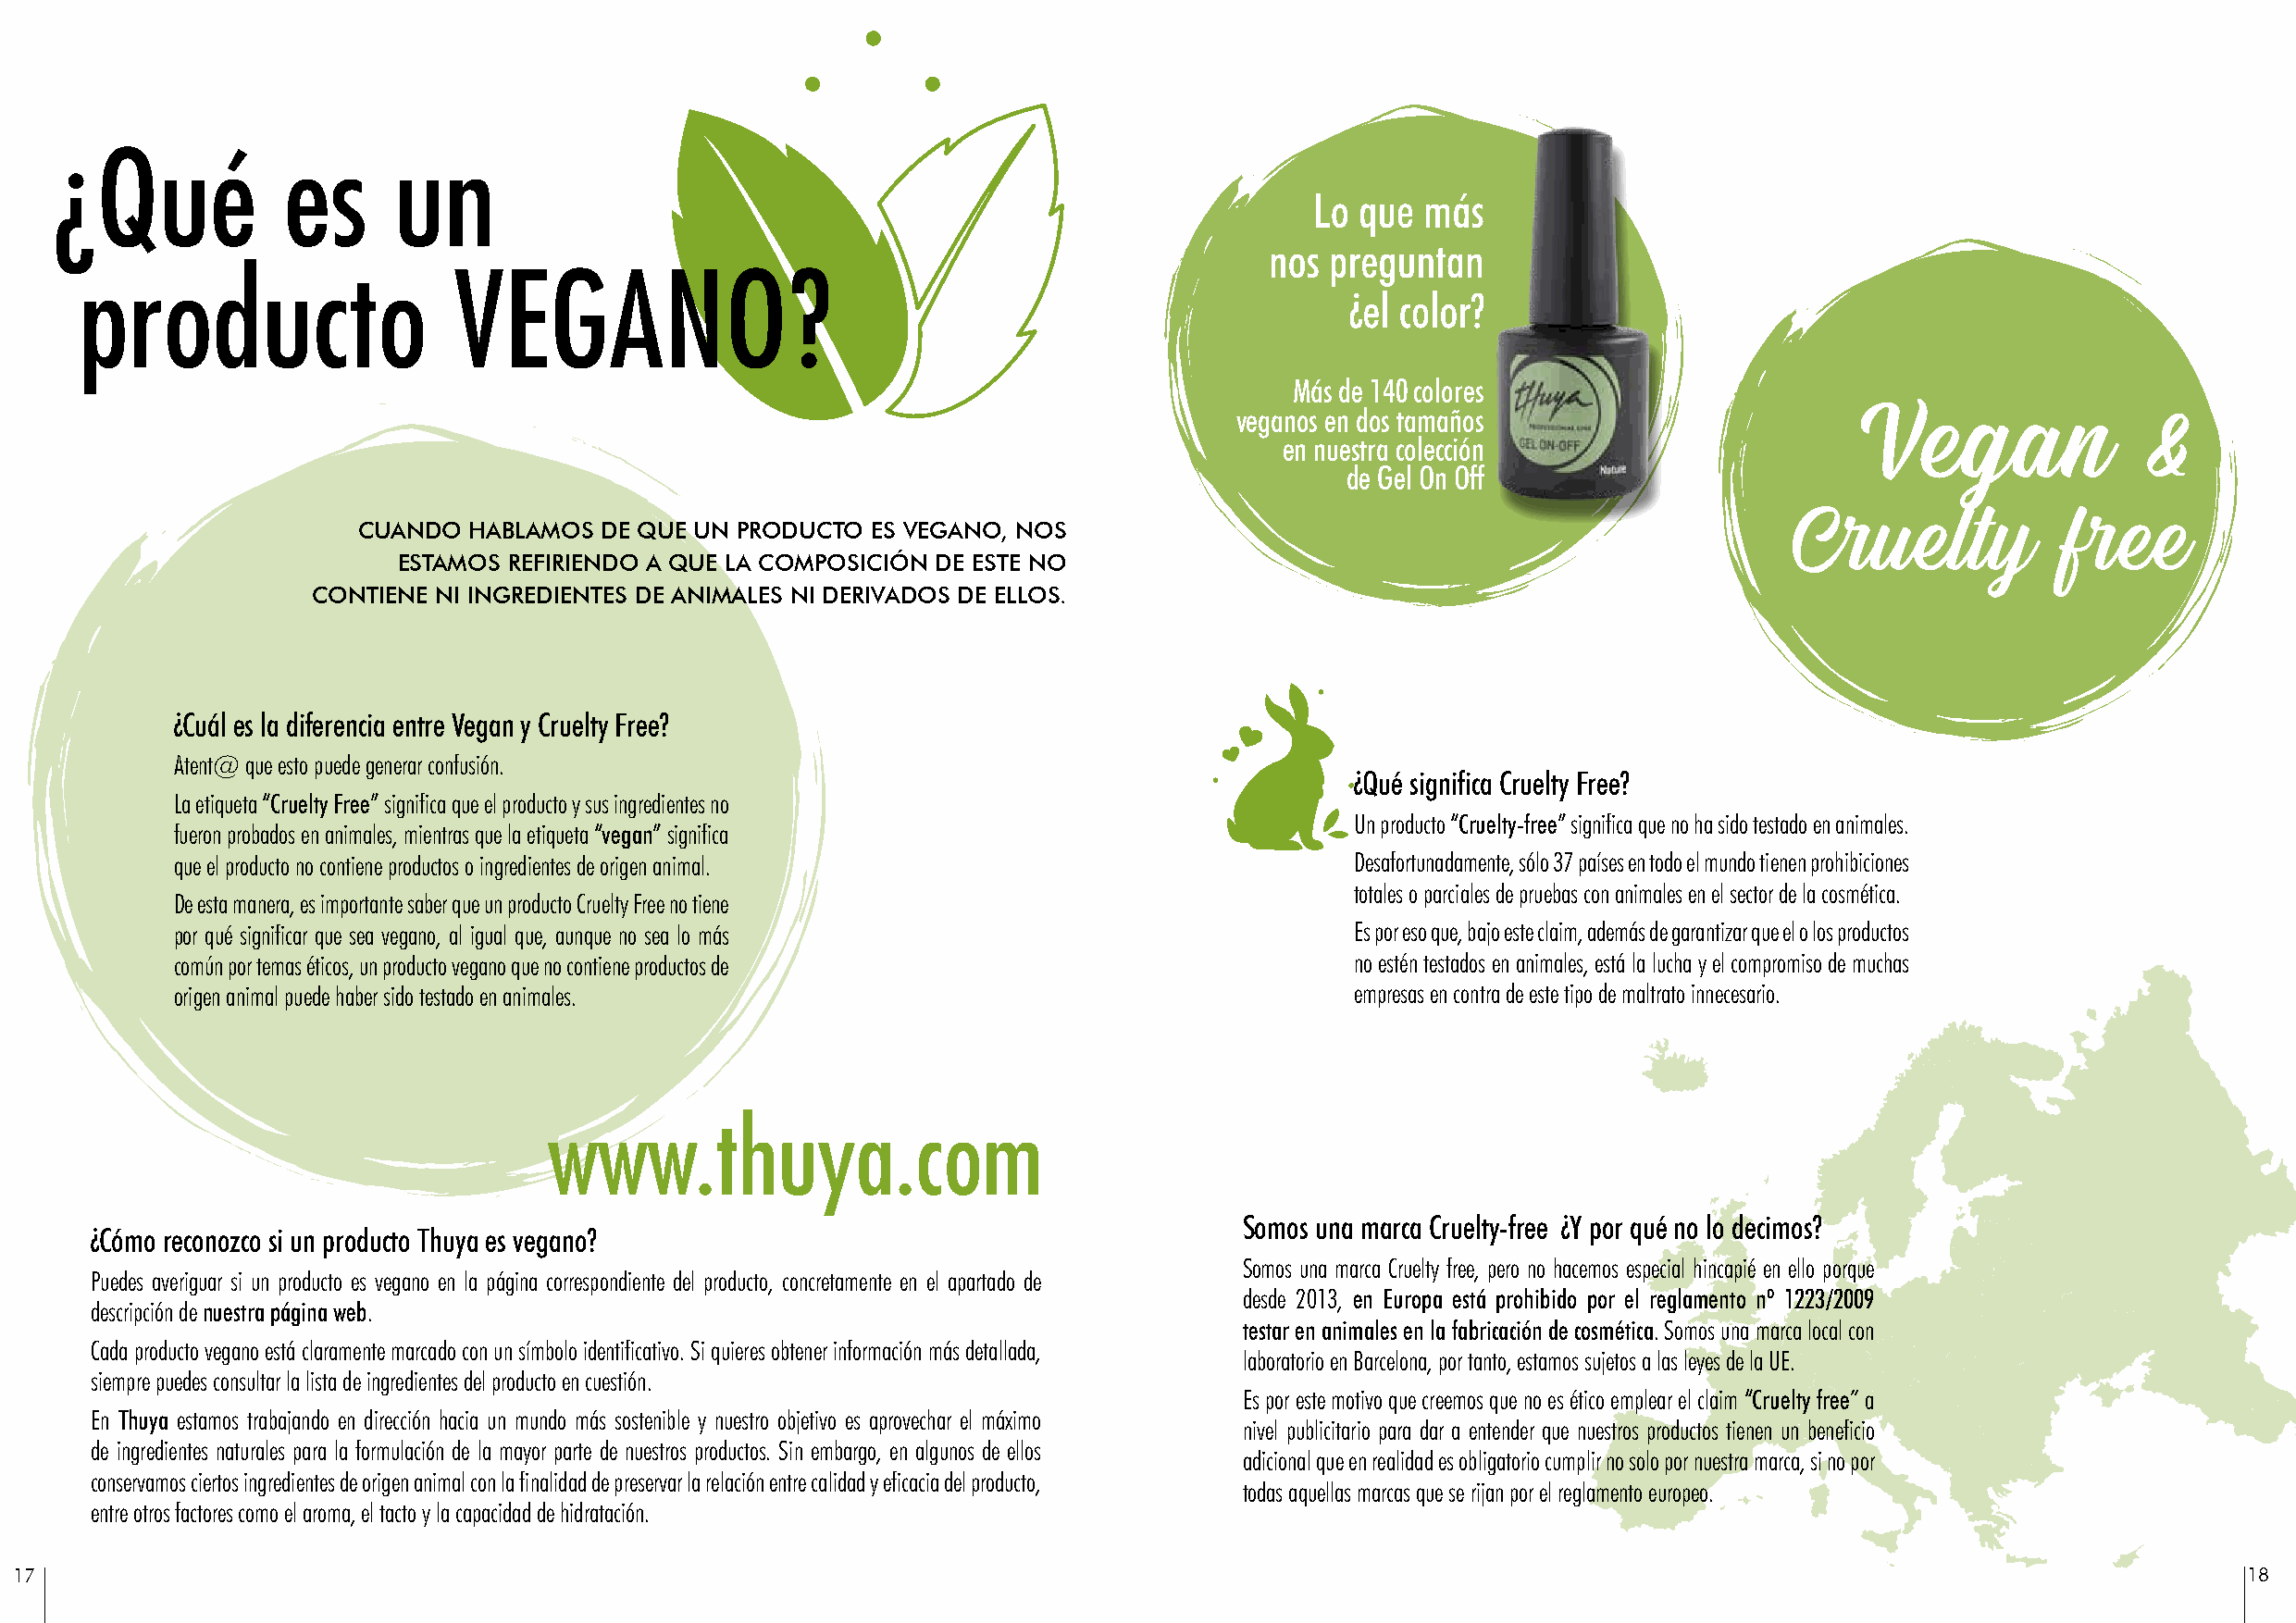
¿Qué            es      un
 Lo que  más
 nos preguntan
 producto                  VEGANO?
 ¿el color?
 Más de 140 colores
 Vegan
 veganos en dos tamaños                                           &
 en nuestra colección
 de Gel On Off
 Cruelty             free
 CUANDO  HABLAMOS DE QUE UN PRODUCTO ES VEGANO, NOS
 ESTAMOS REFIRIENDO A QUE LA COMPOSICIÓN DE ESTE NO
 CONTIENE NI INGREDIENTES DE ANIMALES NI DERIVADOS DE ELLOS.
 ¿Cuál es la diferencia entre Vegan y Cruelty Free?
 Atent@ que esto puede generar confusión.
 ¿Qué significa Cruelty Free?
 La etiqueta “Cruelty Free” significa que el producto y sus ingredientes no
 Un producto “Cruelty-free” significa que no ha sido testado en animales.
 fueron probados en animales, mientras que la etiqueta “vegan” significa
 que el producto no contiene productos o ingredientes de origen animal.               Desafortunadamente, sólo 37 países en todo el mundo tienen prohibiciones
 totales o parciales de pruebas con animales en el sector de la cosmética.
 De esta manera, es importante saber que un producto Cruelty Free no tiene
 por qué significar que sea vegano, al igual que, aunque no sea lo más                Es por eso que, bajo este claim, además de garantizar que el o los productos
 común por temas éticos, un producto vegano que no contiene productos de              no estén testados en animales, está la lucha y el compromiso de muchas
 origen animal puede haber sido testado en animales.                                  empresas en contra de este tipo de maltrato innecesario.
 www.thuya.com
 Somos una marca Cruelty-free ¿Y por qué no lo decimos?
 ¿Cómo reconozco si un producto Thuya es vegano?
 Somos una marca Cruelty free, pero no hacemos especial hincapié en ello porque
 Puedes averiguar si un producto es vegano en la página correspondiente del producto, concretamente en el apartado de
 desde 2013, en Europa está prohibido por el reglamento nº 1223/2009
 descripción de nuestra página web.
 testar en animales en la fabricación de cosmética. Somos una marca local con
 Cada producto vegano está claramente marcado con un símbolo identificativo. Si quieres obtener información más detallada,
 laboratorio en Barcelona, por tanto, estamos sujetos a las leyes de la UE.
 siempre puedes consultar la lista de ingredientes del producto en cuestión.
 Es por este motivo que creemos que no es ético emplear el claim “Cruelty free” a
 En Thuya estamos trabajando en dirección hacia un mundo más sostenible y nuestro objetivo es aprovechar el máximo
 nivel publicitario para dar a entender que nuestros productos tienen un beneficio
 de ingredientes naturales para la formulación de la mayor parte de nuestros productos. Sin embargo, en algunos de ellos
 adicional que en realidad es obligatorio cumplir no solo por nuestra marca, si no por
 conservamos ciertos ingredientes de origen animal con la finalidad de preservar la relación entre calidad y eficacia del producto,
 todas aquellas marcas que se rijan por el reglamento europeo.
 entre otros factores como el aroma, el tacto y la capacidad de hidratación.
 17                                                                                                                                                              18